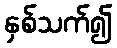
နှစ်သက်၍